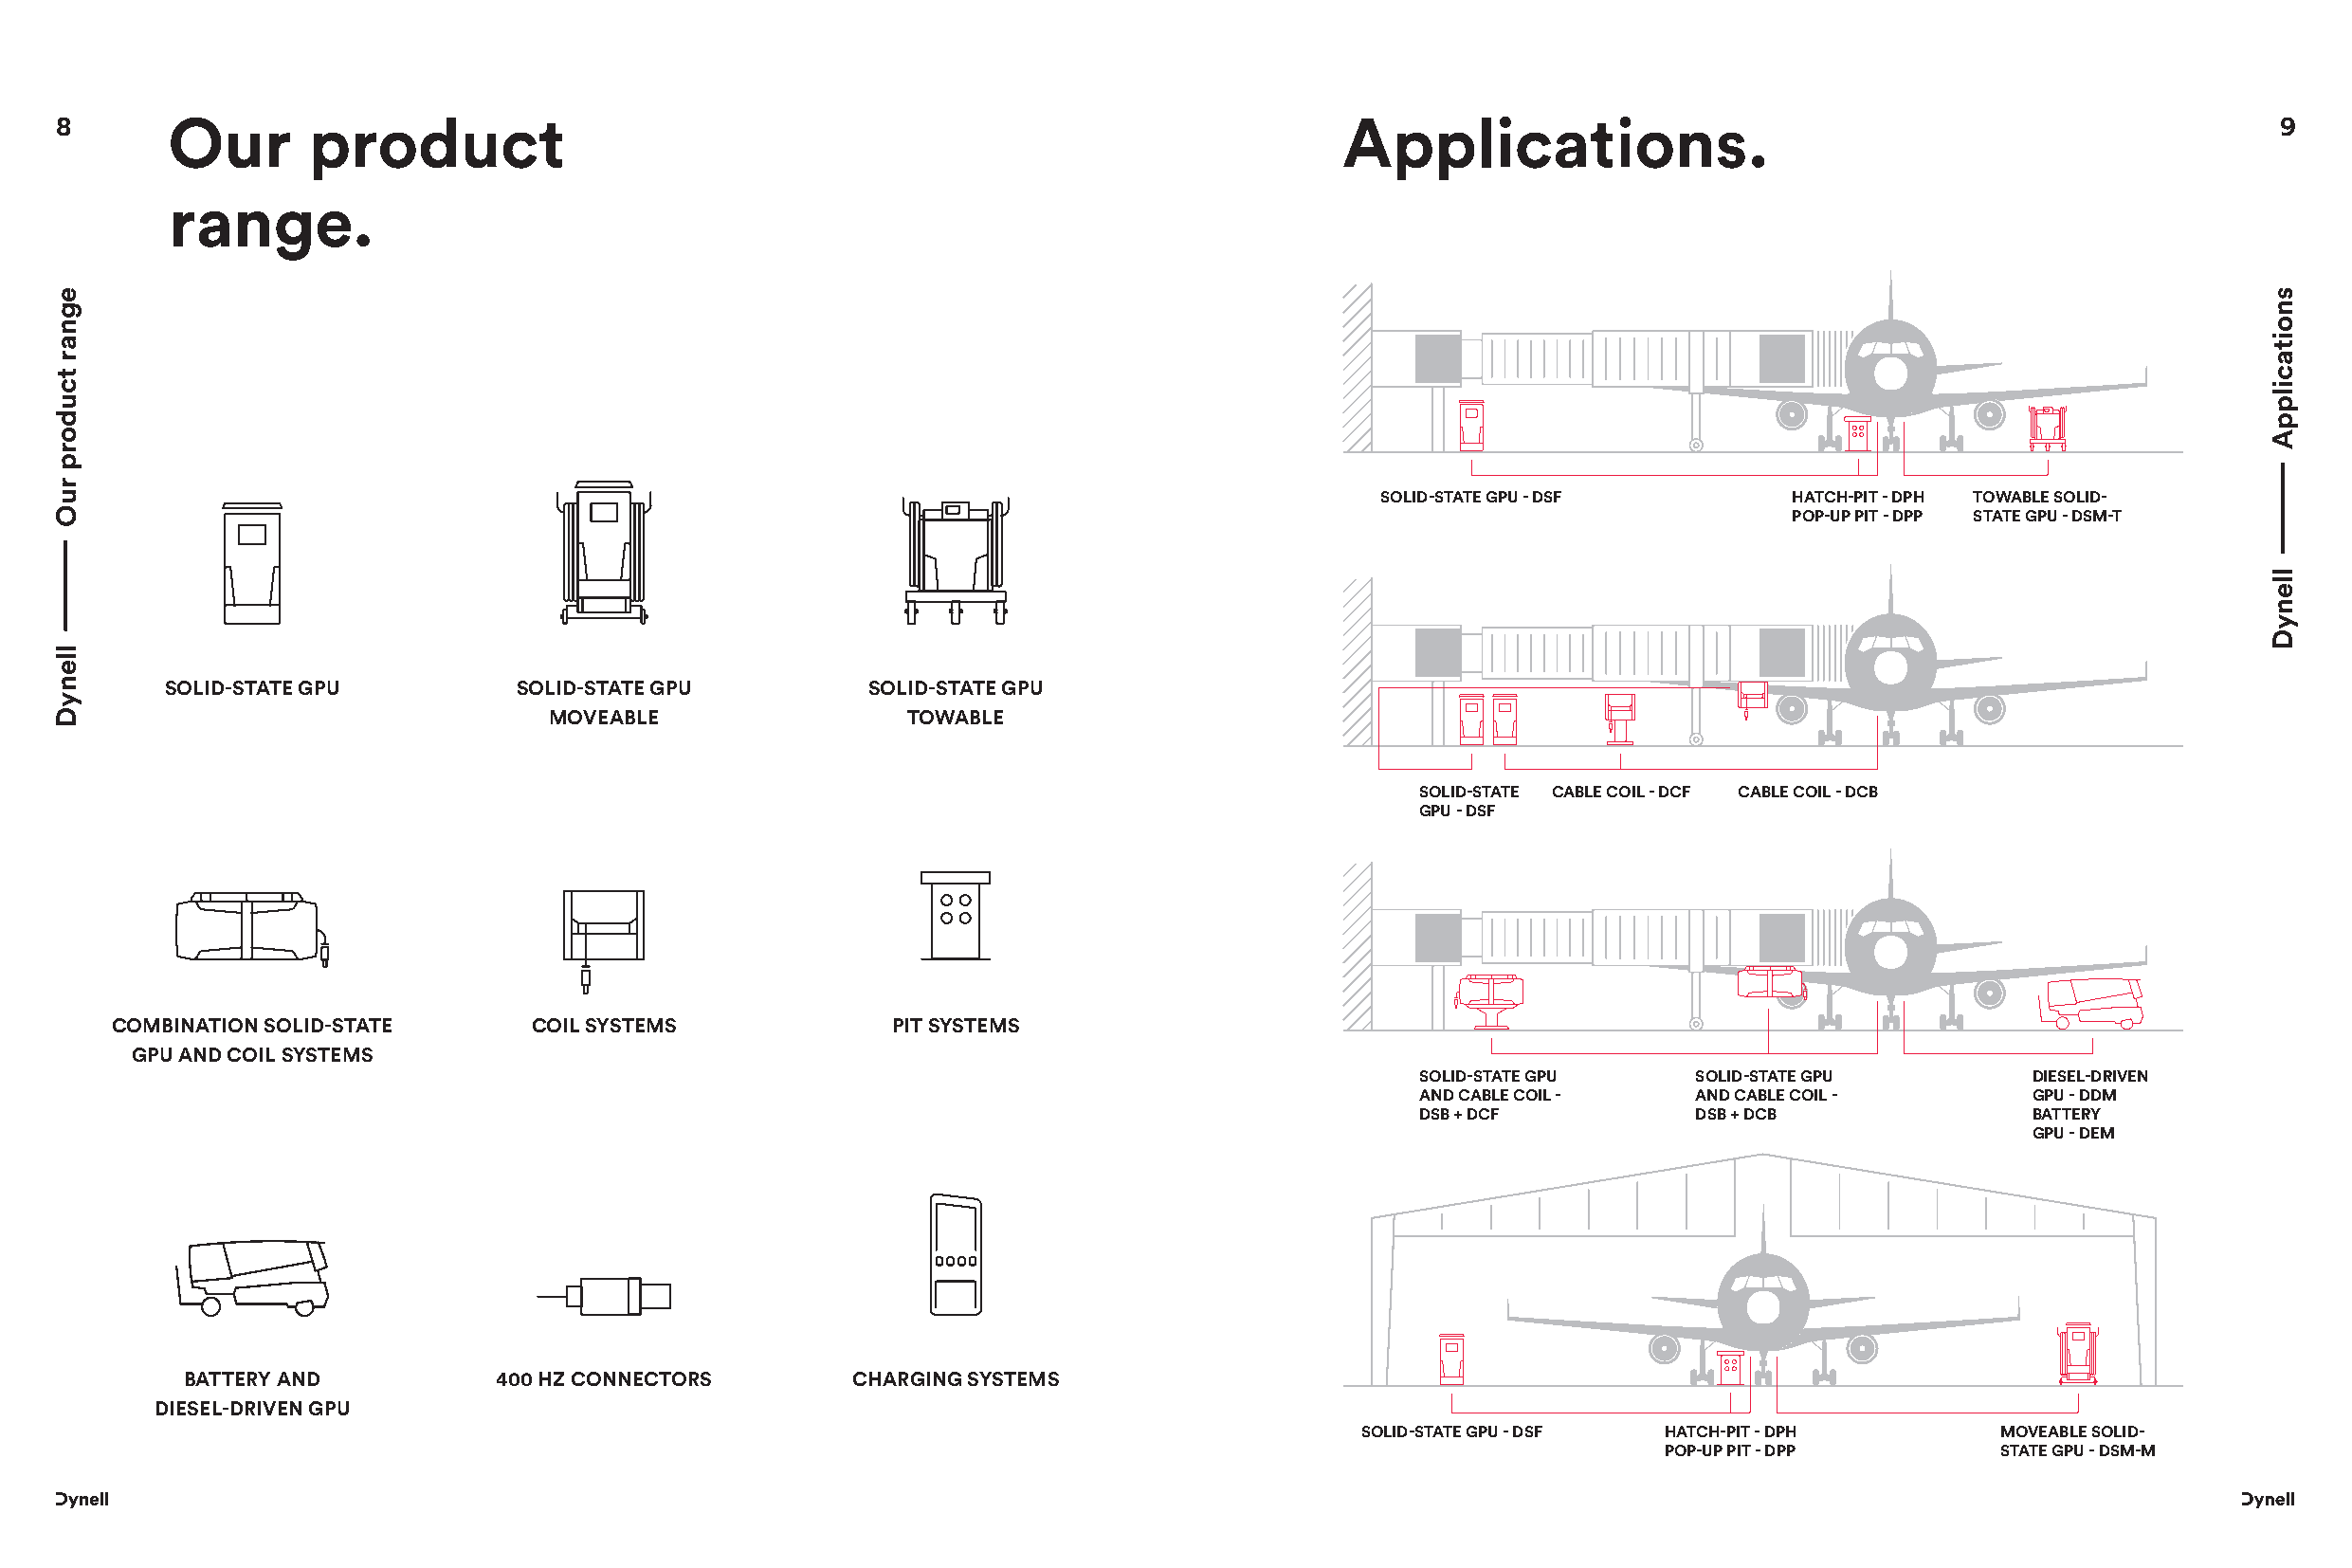
8       Our       product                                                                 Applications.                                                    9
 range.
 SOLID-STATE GPU - DSF        HATCH-PIT - DPH TOWABLE SOLID-
 POP-UP PIT - DPP STATE GPU - DSM-T
 SOLID-STATE GPU         SOLID-STATE GPU          SOLID-STATE GPU
 MOVEABLE                 TOWABLE
 SOLID-STATE CABLE COIL - DCF CABLE COIL - DCB
 GPU - DSF
 COMBINATION SOLID-STATE      COIL SYSTEMS             PIT SYSTEMS
 GPU AND COIL SYSTEMS
 SOLID-STATE GPU    SOLID-STATE GPU         DIESEL-DRIVEN
 AND CABLE COIL -   AND CABLE COIL -        GPU - DDM
 DSB + DCF          DSB + DCB               BATTERY
 GPU - DEM
 BATTERY AND           400 HZ CONNECTORS        CHARGING SYSTEMS
 DIESEL-DRIVEN GPU
 SOLID-STATE GPU - DSF HATCH-PIT - DPH        MOVEABLE SOLID-
 POP-UP PIT - DPP        STATE GPU - DSM-M
 egnar
 tcudorp
 ruO
 llenyD
 snoitacilppA
 llenyD